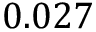
0 . 0 2 7